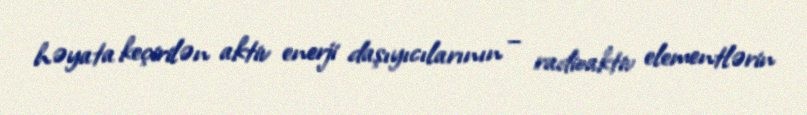
həyata keçirilən aktiv enerji daşıyıcılarının – radioaktiv elementlərin